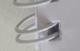
Signature authenticity: forged